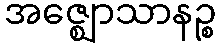
အဇ္ဈောသာနဉ္စ